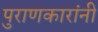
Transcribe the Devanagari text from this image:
पुराणकारांनी